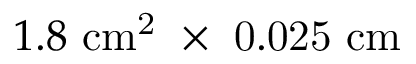
1 . 8 ~ \mathrm { { c m } ^ { 2 } ~ \times ~ 0 . 0 2 5 ~ \mathrm { { c m } } }